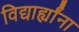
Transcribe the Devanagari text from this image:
विद्यार्ह्यांना